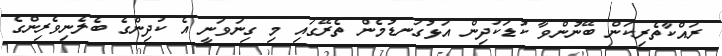
ރައްކާތެރިކަން ބޭނުންވާ ކުޑަކުދިން އަޅުގަނޑުމެން ތެރޭގައި މި ގިނަވަނީ އެ ކުދިންގެ ބެލެނިވެރިންގެ